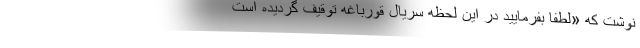
نوشت که «لطفا بفرمایید در این لحظه سریال قورباغه توقیف گردیده است